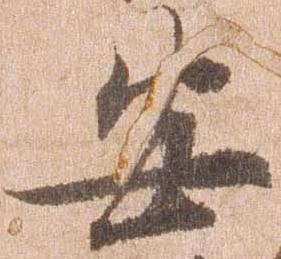
安